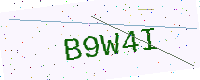
Text: B9W4I